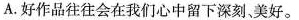
A.好作品往往会在我们心中留下深刻美好。